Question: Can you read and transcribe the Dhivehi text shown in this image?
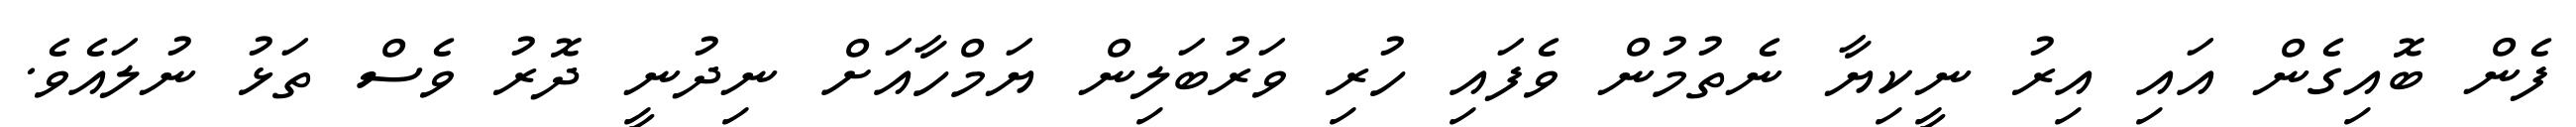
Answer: ފެން ބޮއިގެން އައި އިރު ނީކިޔާ ނެތުމުން ވެފައި ހުރި ވަރުބަލިން ޔަމްހާއަށް ނިދުނީ ދޮރު ވެސް ތަޅު ނުލައެވެ.